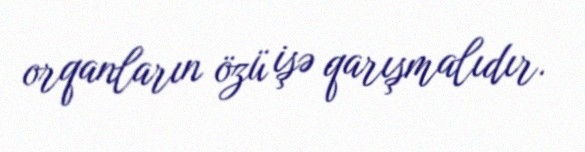
orqanların özü işə qarışmalıdır.